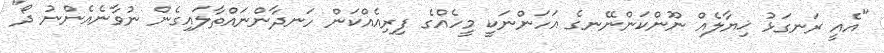
"އެއީ ރަނގަޅު ޚިޔާލެއް ނޫންކަންނޭނގެ އަހަންނަކީ މީހެއްގެ ފިރިއެއްކަން ހަނދާންނައްތާލައިގެން ނުވާނެއެންނު ދޯ"